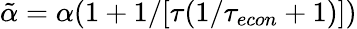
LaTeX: \tilde{\alpha}=\alpha(1+1/[\tau({1/{\tau_{econ}}}+1)])